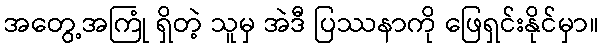
အတွေ့အကြုံ ရှိတဲ့ သူမှ အဲဒီ ပြဿနာကို ဖြေရှင်းနိုင်မှာ။